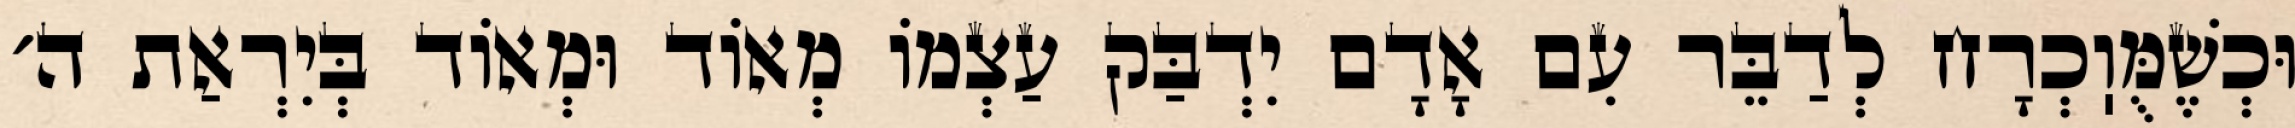
וּכְשֶׁמֻּוֽכְרָח לְדַבֵּר עִם אָדָם יִדְבַּק עַצְמוֹ מְאוֹד וּמְאוֹד בְּיִרְאַת ה׳